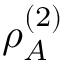
\rho _ { A } ^ { ( 2 ) }